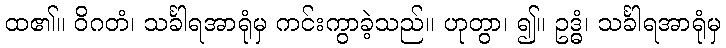
ထ၏။ ဝိဂတံ၊ သင်္ခါရအာရုံမှ ကင်းကွာခဲ့သည်။ ဟုတွာ၊ ၍။ ဥဒ္ဓံ၊ သင်္ခါရအာရုံမှ